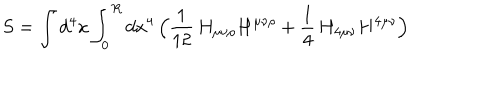
S = \int d ^ { 4 } x \int _ { 0 } ^ { R } d x ^ { 4 } \, \Bigl ( \frac { 1 } { 1 2 } \, H _ { \mu \nu \rho } H ^ { \mu \nu \rho } + \frac { 1 } { 4 } \, H _ { 4 \mu \nu } H ^ { 4 \mu \nu } \Bigr )